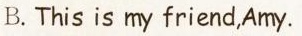
B.This is my friend,Amy.